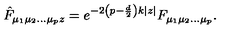
\hat { F } _ { \mu _ { 1 } \mu _ { 2 } \ldots \mu _ { p } z } = e ^ { - 2 \left( p - \frac { d } { 2 } \right) k | z | } F _ { \mu _ { 1 } \mu _ { 2 } \ldots \mu _ { p } } .